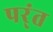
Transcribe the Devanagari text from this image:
पर्ंत